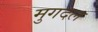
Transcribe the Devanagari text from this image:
मुगदल